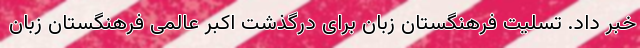
خبر داد. تسلیت فرهنگستان زبان برای درگذشت اکبر عالمی فرهنگستان زبان